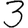
Digit: 3